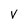
Character: v